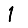
Digit: 1